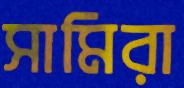
সামিরা